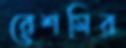
রেশমির